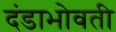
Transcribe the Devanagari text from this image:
दंडाभोवती